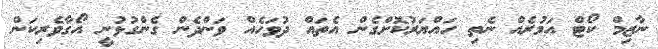
ނާޒިމް ކޯޓް އަމުރެއް ނެތި ހައްޔަރުކޮށްގެން އެތައް ދުވަހެއް ވަންދެން ގެންގުޅުނީ އޯގާވެރިކަން